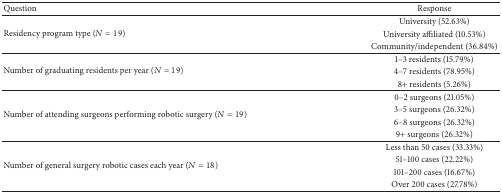
<table><thead><tr><td><b>Question </b></td><td><b>Response </b></td></tr></thead><tbody><tr><td rowspan="3">Residency program type (<i>N</i> = 19)</td><td>University (52.63%)</td></tr><tr><td>University affiliated (10.53%)</td></tr><tr><td>Community/independent (36.84%)</td></tr><tr><td rowspan="3">Number of graduating residents per year (<i>N</i> = 19)</td><td>1–3 residents (15.79%)</td></tr><tr><td>4–7 residents (78.95%)</td></tr><tr><td>8+ residents (5.26%)</td></tr><tr><td rowspan="4">Number of attending surgeons performing robotic surgery (<i>N</i> = 19)</td><td> 0–2 surgeons (21.05%)</td></tr><tr><td>3–5 surgeons (26.32%)</td></tr><tr><td>6–8 surgeons (26.32%)</td></tr><tr><td>9+ surgeons (26.32%)</td></tr><tr><td rowspan="4">Number of general surgery robotic cases each year (<i>N</i> = 18)</td><td>Less than 50 cases (33.33%)</td></tr><tr><td>51–100 cases (22.22%)</td></tr><tr><td>101–200 cases (16.67%)</td></tr><tr><td>Over 200 cases (27.78%)</td></tr></tbody></table>